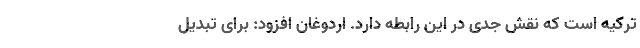
ترکیه است که نقش جدی در این رابطه دارد. اردوغان افزود: برای تبدیل